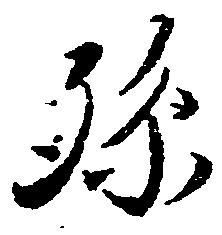
孫